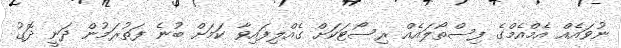
ނުވައެއް އެމްއެމްގެ ފިސްތޯލައެއް ރިސޯޓަކަށް ގެއްލިފައިވާ ކަމަށް ބުނެ ފަތުރަމުން ދަނީ ދޮގު